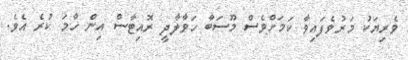
ވެރިޔަކު މަރުވެފައިވާ ކަމަށްވެސް މޫސަބާ ހަވާލާދީ ރޮއިޓާސް އިން ހާމަ ކުރެ އެވެ.